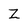
Character: Z